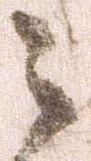
之